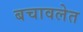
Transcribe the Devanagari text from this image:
बचावलेत